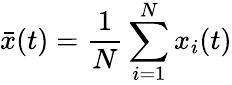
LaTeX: \bar{x}(t)=\frac{1}{N}\sum_{i=1}^{N}{x_{i}(t)}